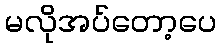
မလိုအပ်တော့ပေ